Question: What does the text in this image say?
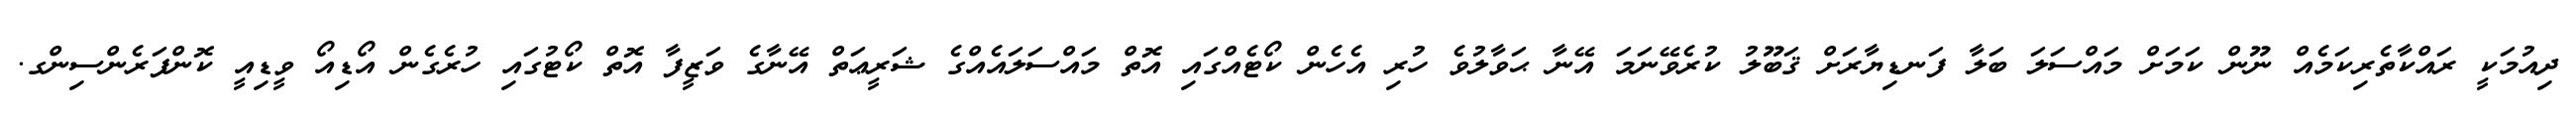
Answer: ދިއުމަކީ ރައްކާތެރިކަމެއް ނޫން ކަމަށް މައްސަލަ ބަލާ ފަނޑިޔާރަށް ޤަބޫލު ކުރެވޭނަމަ އޭނާ ޙަވާލުވެ ހުރި އެހެން ކޯޓެއްގައި އޮތް މައްސަލައެއްގެ ޝަރީޢަތް އޭނާގެ ވަޒީފާ އޮތް ކޯޓުގައި ހުރެގެން އޯޑިއޯ ވީޑިއީ ކޮންފަރެންސިންގ.